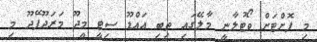
މި ފޮށްޓަށް ވޯޓުލާނީ މާލޭގައި ތިބި އައްޑޫ ސިޓީ މީދޫ މަރަދޫފޭދޫ މި